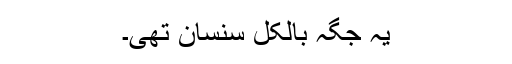
یہ جگہ بالکل سنسان تھی۔